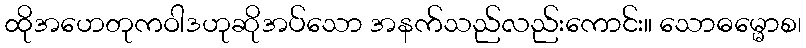
ထိုအဟေတုကဝါဒဟုဆိုအပ်သော အနက်သည်လည်းကောင်း။ သောဓမ္မောစ၊